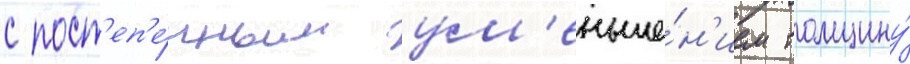
с пост'еп'е́нным ум'еньше́н'ием толщину́